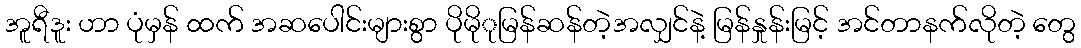
အူရီဒူး ဟာ ပုံမှန် ထက် အဆပေါင်းများစွာ ပိုမိုုမြန်ဆန်တဲ့အလျှင်နဲ့ မြန်နှုန်းမြင့် အင်တာနက်လိုတဲ့ တွေ